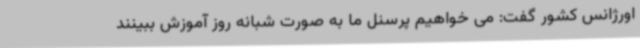
اورژانس کشور گفت: می خواهیم پرسنل ما به صورت شبانه روز آموزش ببینند